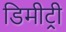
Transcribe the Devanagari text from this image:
डिमीट्री